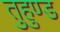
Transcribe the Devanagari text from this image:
तुहुण्ड